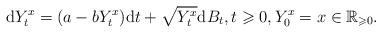
LaTeX: \begin{align*}\mathrm{d}Y_{t}^{x}=(a-bY_{t}^{x})\mathrm{d}t+\sqrt{Y_{t}^{x}}\mathrm{d}B_{t},t\geqslant0,Y_{0}^{x}=x\in\mathbb{R}_{\geqslant0}.\end{align*}